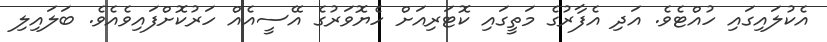
އެކުލައިގައި ހުއްޓެވެ. އަދި އެފާރުގެ މަތީގައި ކޮޓަރިއަށް ހެޔޮވަރުގެ އޭސީއެއް ހަރުކޮށްފައިވެއެވެ. ބަލަައިލި